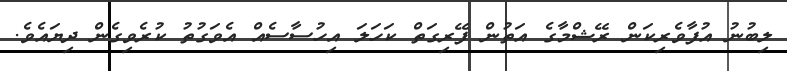
ލިބުނު އުފާވެރިކަން ރޭޝްމާގެ އަތުން ފޭރިގަތް ކަހަލަ އިހުސާސެއް އެވަގުތު ކުރެވިގެން ދިޔައެވެ.